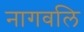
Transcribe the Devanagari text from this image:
नागवलि